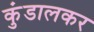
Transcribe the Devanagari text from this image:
कुंडालकर